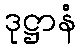
ဒုဋ္ဌာနံ